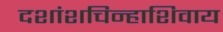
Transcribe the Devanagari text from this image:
दशांशचिन्हाशिवाय